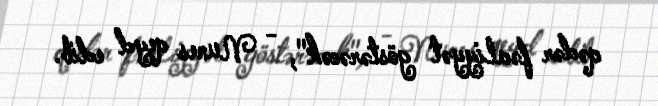
qədər fəaliyyət göstərəcək", - Nunes qeyd edib.